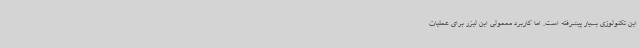
این تکنولوژی بسیار پیشرفته است. اما کاربرد معمولی این لیزر برای عملیات